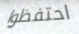
احتفظوا